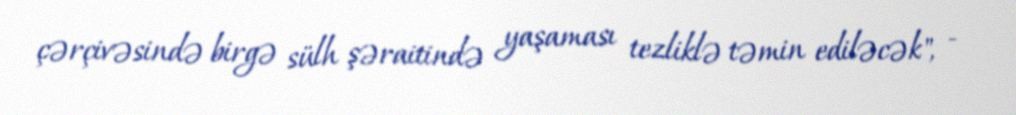
çərçivəsində birgə sülh şəraitində yaşaması tezliklə təmin ediləcək", -